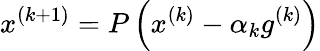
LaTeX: x^{(k+1)}=P\left(x^{(k)}-\alpha_{k}g^{(k)}\right)